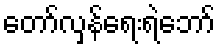
တော်လှန်ရေးရဲဘော်